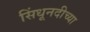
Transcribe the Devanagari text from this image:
सिंधूनदीच्या